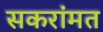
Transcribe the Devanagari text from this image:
सकरांमत